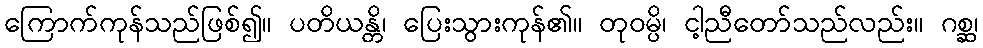
ကြောက်ကုန်သည်ဖြစ်၍။ ပတိယန္တိ၊ ပြေးသွားကုန်၏။ တုဝမ္ပိ၊ ငါ့ညီတော်သည်လည်း။ ဂစ္ဆ၊